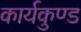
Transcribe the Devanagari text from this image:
कार्यकुण्ड